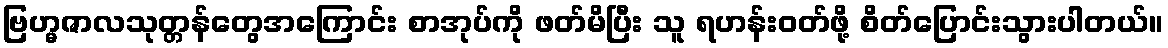
ဗြဟ္မဇာလသုတ္တန်တွေအကြောင်း စာအုပ်ကို ဖတ်မိပြီး သူ ရဟန်းဝတ်ဖို့ စိတ်ပြောင်းသွားပါတယ်။